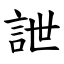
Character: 詍